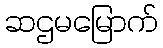
ဆဌမမြောက်